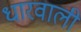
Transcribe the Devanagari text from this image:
धारवाली